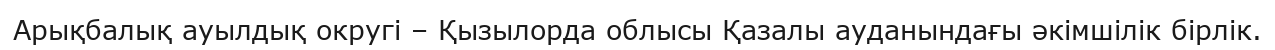
Арықбалық ауылдық округі – Қызылорда облысы Қазалы ауданындағы әкімшілік бірлік.